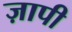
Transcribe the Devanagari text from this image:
ज़ापी